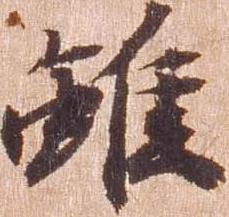
雖